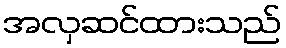
အလှဆင်ထားသည်